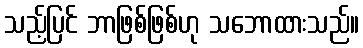
သည့်ပြင် ဘာဖြစ်ဖြစ်ဟု သဘောထားသည်။